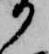
か